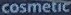
cosmotic